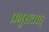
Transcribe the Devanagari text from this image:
प्रभुसत्तात्